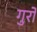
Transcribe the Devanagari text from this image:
गुरो